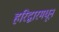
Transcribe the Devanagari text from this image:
हरिद्वारमधून